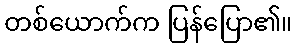
တစ်ယောက်က ပြန်ပြော၏။